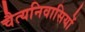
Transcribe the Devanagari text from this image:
चैत्यनिवासियों